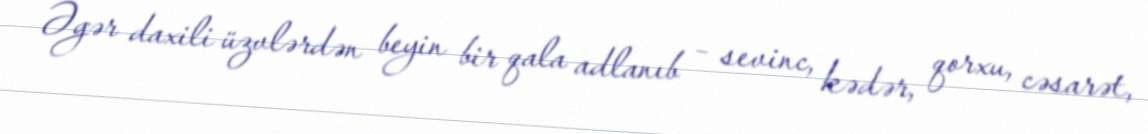
Əgər daxili üzvlərdən beyin bir qala adlanıb – sevinc, kədər, qorxu, cəsarət,